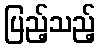
ပြည့်သည့်